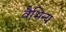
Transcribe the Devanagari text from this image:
वैभिन्य